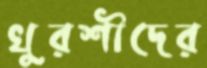
খুরশীদের